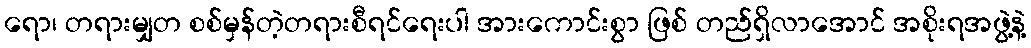
ရော၊ တရားမျှတ စစ်မှန်တဲ့တရားစီရင်ရေးပါ အားကောင်းစွာ ဖြစ် တည်ရှိလာအောင် အစိုးရအဖွဲ့နဲ့